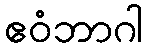
ဧဝံဘာဂါ